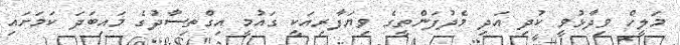
މަލީހް ވިދާޅުވީ ކުދި އަދި މެދުފަންތީގެ ވިޔަފާރިއަކީ ގައުމީ އިގްތިސާދުގެ މައިބަދަ ކަމަށައި